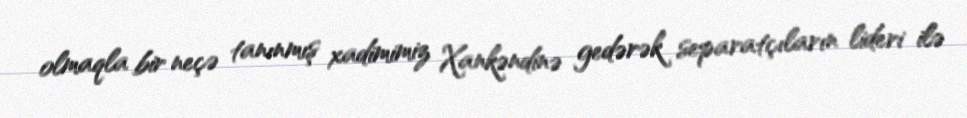
olmaqla bir neçə tanınmış xadimimiz Xankəndinə gedərək separatçıların lideri ilə